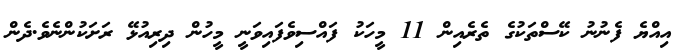
އިއްޔެ ފެނުނު ކޭސްތަކުގެ ތެރެއިން 11 މީހަކު ފައްސިވެފައިވަނީ މީހުން ދިރިއުޅޭ ރަށަކުންނެވެ.ދެން